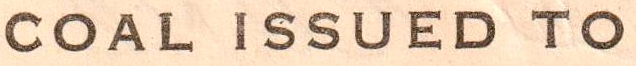
COAL ISSUED TO